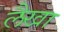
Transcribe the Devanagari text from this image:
लैखा